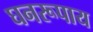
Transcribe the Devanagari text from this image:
घनरूपाय